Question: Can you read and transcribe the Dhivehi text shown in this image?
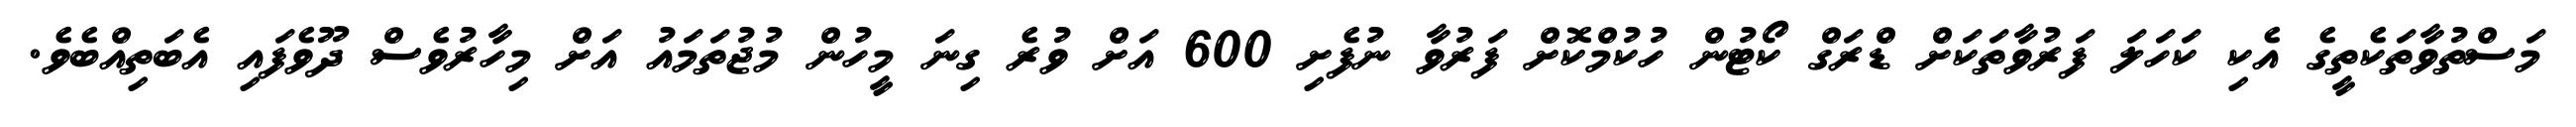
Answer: މަސްތުވާތަކެތީގެ އެކި ކަހަލަ ފަރުވާތަކަށް ޑްރަގް ކޯޓުން ހުކުމްކޮށް ފަރުވާ ނުފެށި 600 އަށް ވުރެ ގިނަ މީހުން މުޖުތަމައު އަށް މިހާރުވެސް ދޫވެފައި އެބަތިއްބެވެ.